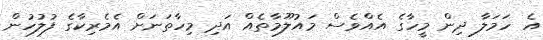
އެ ހަމަލާ ދިން މީހާގެ އެއްވެސް މައުލޫމާތެއް އަދި މިހާތަނަށް އެމެރިކާގެ ފުލުހުން